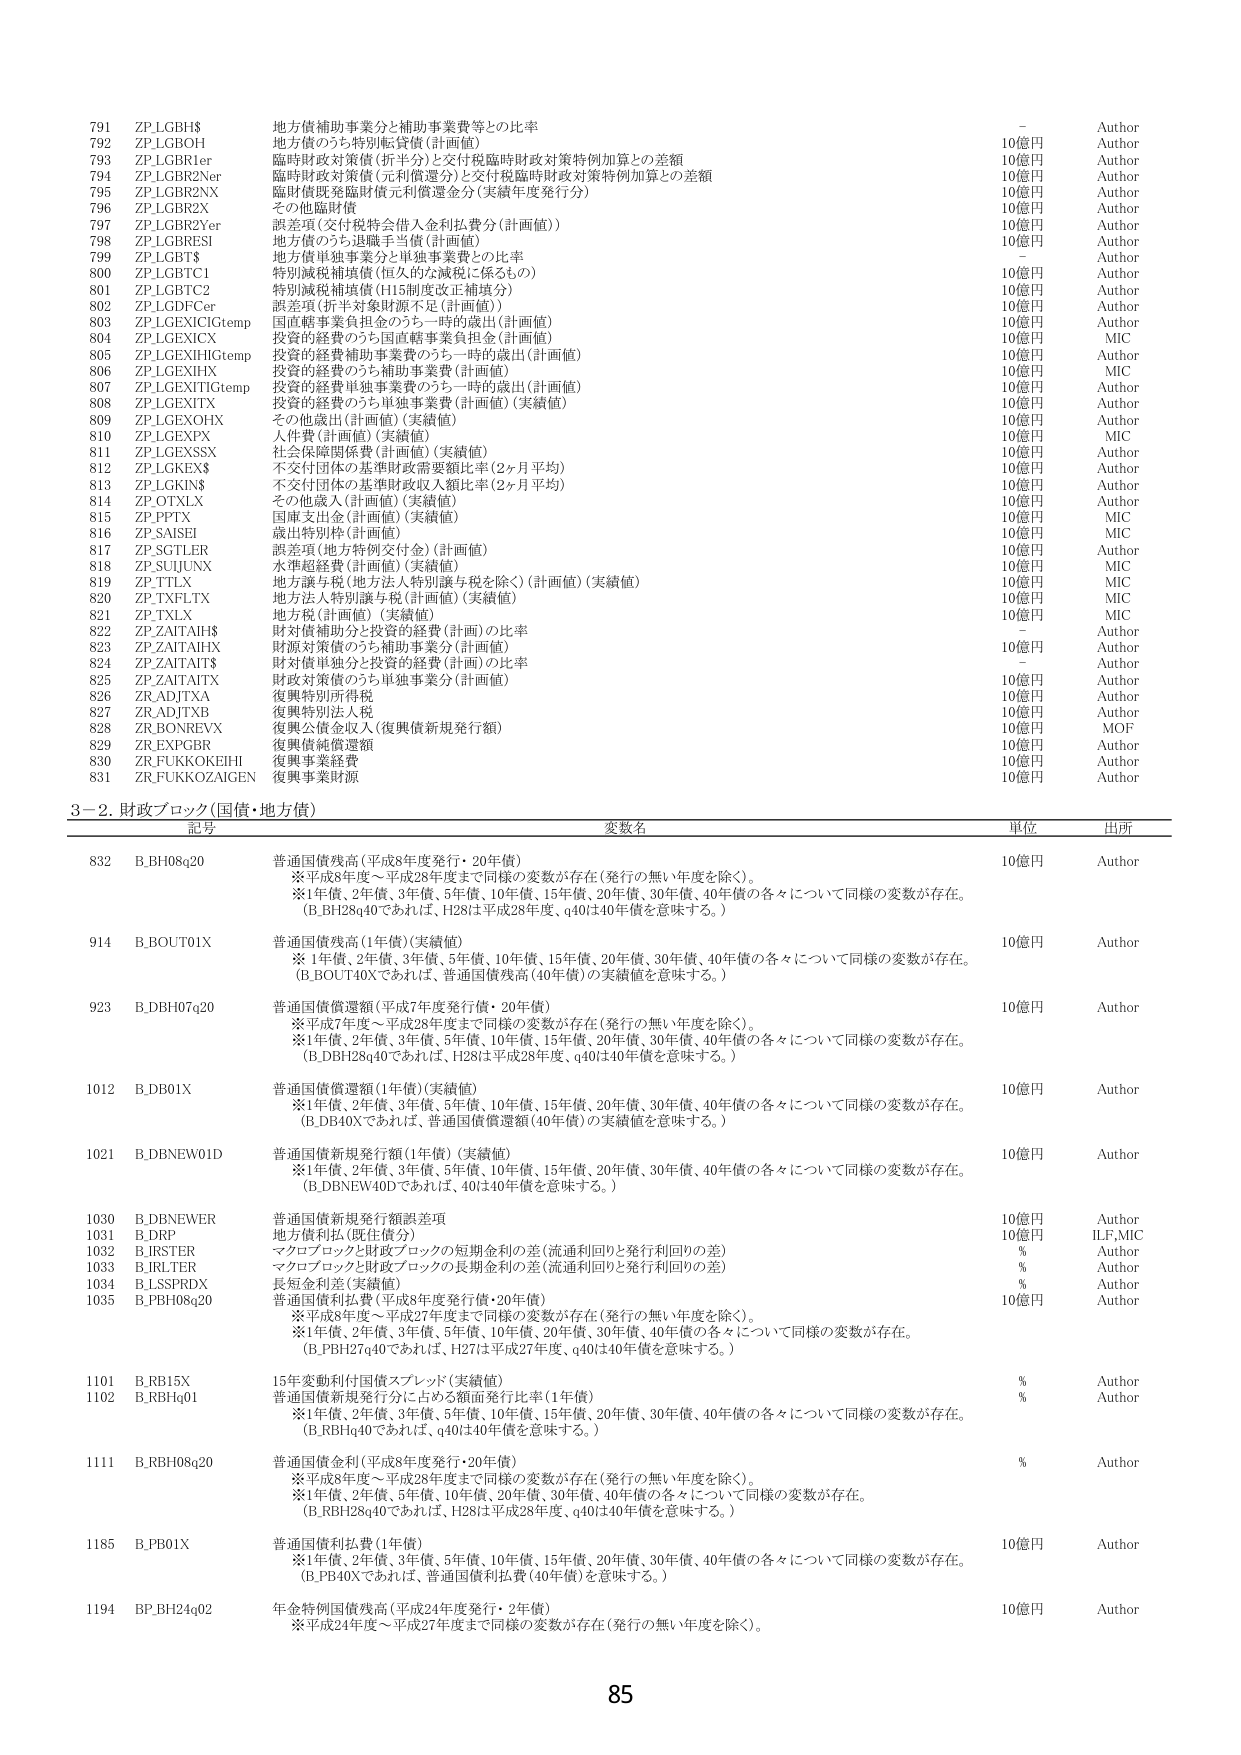
791 ZP_LGBH$ 地方債補助事業分と補助事業費等との比率 - Author
792 ZP_LGBOH 地方債のうち特別転貸債（計画値） 10億円 Author
793 ZP_LGBR1er 臨時財政対策債（折半分）と交付税臨時財政対策特例加算との差額 10億円 Author
794 ZP_LGBR2Ner 臨時財政対策債（元利償還分）と交付税臨時財政対策特例加算との差額 10億円 Author
795 ZP_LGBR2NX 臨時債既発臨時債元利償還金分（実績年度発行分） 10億円 Author
796 ZP_LGBRX その他臨時債 10億円 Author
797 ZP_LGBR2Yer 誤差項（交付税持会借入金利払費分（計画値）） 10億円 Author
798 ZP_LGBRESI 地方債のうち退職手当債（計画値） 10億円 Author
799 ZP_LGBT$ 地方債単独事業分と単独事業費との比率 - Author
800 ZP_LGBC1 特別減税補填債（恒久的な減税に係るもの） 10億円 Author
801 ZP_LGBC2 特別減税補填債（H15制度改正補填分） 10億円 Author
802 ZP_LGDFCer 誤差項（折半対象財源不足（計画値）） 10億円 Author
803 ZP_LGEXICGtemp 国直轄事業負担金のうち一時的歳出（計画値） 10億円 Author
804 ZP_LGEXICX 投資的経費補助事業費のうち一時的歳出（計画値） 10億円 MIC
805 ZP_LGEXIHGtemp 投資的経費補助事業費のうち一時的歳出（計画値） 10億円 Author
806 ZP_LGEXHX 投資的経費のうち補助事業費（計画値） 10億円 MIC
807 ZP_LGEXITGtemp 投資的経費単独事業費のうち一時的歳出（計画値） 10億円 Author
808 ZP_LGEXITX 投資的経費のうち単独事業費（計画値）（実績値） 10億円 Author
809 ZP_LGEXOFHX その他歳出（計画値）（実績値） 10億円 Author
810 ZP_LGEXPX 人件費（計画値）（実績値） 10億円 MIC
811 ZP_LGEXSSX 社会保障関係費（計画値）（実績値） 10億円 Author
812 ZP_LGKEX$ 不交付団体の基準財政需要額比率（2ヶ月平均） 10億円 Author
813 ZP_LGKIN$ 不交付団体の基準財政収入額比率（2ヶ月平均） 10億円 Author
814 ZP_OTXLX その他歳入（計画値）（実績値） 10億円 Author
815 ZP_PPTX 国庫支出金（計画値）（実績値） 10億円 MIC
816 ZP_SAISEI 歳出特別枠（計画値） 10億円 MIC
817 ZP_SGTLER 誤差項（地方特例交付金）（計画値） 10億円 Author
818 ZP_SUJUNX 水準超過費（計画値）（実績値） 10億円 MIC
819 ZP_TTLX 地方譲与税（地方法人特別譲与税を除く）（計画値）（実績値） 10億円 MIC
820 ZP_TXFLLTX 地方法人特別譲与税（計画値）（実績値） 10億円 MIC
821 ZP_TXLX 地方税（計画値）（実績値） 10億円 MIC
822 ZP_ZAITAIH$ 財対債補助分と投資的経費（計画）の比率 - Author
823 ZP_ZAITAIHX 財源対策債のうち補助事業分（計画値） 10億円 Author
824 ZP_ZAITAIT$ 財対債単独分と投資的経費（計画）の比率 - Author
825 ZP_ZAITAITX 財政対策債のうち単独事業分（計画値） 10億円 Author
826 ZR_ADJTXA 復興特別所得税 10億円 Author
827 ZR_ADJTXB 復興特別法人税 10億円 Author
828 ZR_BONREVV 復興公債金収入（復興債新規発行額） 10億円 MOF
829 ZR_EXPGBR 復興債純償還額 10億円 Author
830 ZR_FUKKOKEIH 復興事業経費 10億円 Author
831 ZR_FUKKOZAIKEN 復興事業財源 10億円 Author

3－2．財政ブロック（国債・地方債）
記号 変数名 単位 出所
832 B.BH08q20 普通国債残高（平成8年度発行・20年債） 10億円 Author
　　※平成8年度～平成28年度まで同様の変数が存在（発行の無い年度を除く）。
　　※1年債、2年債、3年債、5年債、10年債、15年債、20年債、30年債、40年債の各々について同様の変数が存在。
　　（B.BH28q40であれば、H28は平成28年度、q40は40年債を意味する。）
914 B.BOUT01X 普通国債残高（1年債）（実績値） 10億円 Author
　　※1年債、2年債、3年債、5年債、10年債、15年債、20年債、30年債、40年債の各々について同様の変数が存在。
　　（B.BOUT40Xであれば、普通国債残高（40年債）の実績値を意味する。）
923 B.DBH07q20 普通国債償還額（平成7年度発行債・20年債） 10億円 Author
　　※平成7年度～平成28年度まで同様の変数が存在（発行の無い年度を除く）。
　　※1年債、2年債、3年債、5年債、10年債、15年債、20年債、30年債、40年債の各々について同様の変数が存在。
　　（B.DBH28q40であれば、H28は平成28年度、q40は40年債を意味する。）
1012 B.DB01X 普通国債償還額（1年債）（実績値） 10億円 Author
　　※1年債、2年債、3年債、5年債、10年債、15年債、20年債、30年債、40年債の各々について同様の変数が存在。
　　（B.DB40Xであれば、普通国債償還額（40年債）の実績値を意味する。）
1021 B.DBNEW01D 普通国債新規発行額（1年債）（実績値） 10億円 Author
　　※1年債、2年債、3年債、5年債、10年債、15年債、20年債、30年債、40年債の各々について同様の変数が存在。
　　（B.DBNEW40Dであれば、40は40年債を意味する。）
1030 B.DBNEWER 普通国債新規発行額誤差項 10億円 Author
1031 B.DRP 地方債利払（既往債分） 10億円 ILF,MIC
1032 B.JRSTER マクロブロックと財政ブロックの短期金利の差（流通利回りと発行利回りの差） % Author
1033 B.JRLTER マクロブロックと財政ブロックの長期金利の差（流通利回りと発行利回りの差） % Author
1034 B.LSSPRDX 長短金利差（実績値） % Author
1035 B.PBH08q20 普通国債利払費（平成8年度発行債・20年債） 10億円 Author
　　※平成8年度～平成27年度まで同様の変数が存在（発行の無い年度を除く）。
　　※1年債、2年債、3年債、5年債、10年債、20年債、30年債、40年債の各々について同様の変数が存在。
　　（B.PBH27q40であれば、H27は平成27年度、q40は40年債を意味する。）
1101 B.RB15X 15年変動利付国債スプレッド（実績値） % Author
1102 B.RBHq01 普通国債新規発行分に占める額面発行比率（1年債） % Author
　　※1年債、2年債、3年債、5年債、10年債、15年債、20年債、30年債、40年債の各々について同様の変数が存在。
　　（B.RBHq40であれば、q40は40年債を意味する。）
1111 B.RBH08q20 普通国債金利（平成8年度発行・20年債） % Author
　　※平成8年度～平成28年度まで同様の変数が存在（発行の無い年度を除く）。
　　※1年債、2年債、5年債、10年債、20年債、30年債、40年債の各々について同様の変数が存在。
　　（B.RBH28q40であれば、H28は平成28年度、q40は40年債を意味する。）
1185 B.PB01X 普通国債利払費（1年債） 10億円 Author
　　※1年債、2年債、3年債、5年債、10年債、15年債、20年債、30年債、40年債の各々について同様の変数が存在。
　　（B.PB40Xであれば、普通国債利払費（40年債）を意味する。）
1194 BP_BH24q02 年金特例国債残高（平成24年度発行・2年債） 10億円 Author
　　※平成24年度～平成27年度まで同様の変数が存在（発行の無い年度を除く）。

85